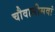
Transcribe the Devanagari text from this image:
चौवालीसवां